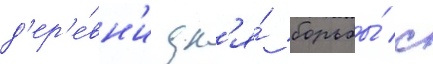
д'ер'е́вн'и дл'я́ борьбы́ с